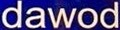
dawod